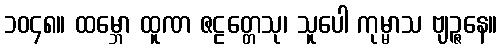
၁၀၄၈။ ထမ္ဘော ထူဏ ဇဠတ္တေသု၊ သူပေါ ကုမ္မာသ ဗျဉ္ဇနေ။